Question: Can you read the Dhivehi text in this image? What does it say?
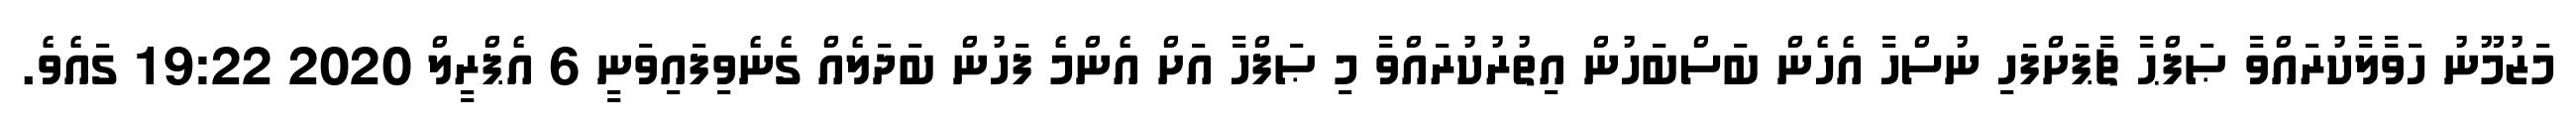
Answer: މަޒުމޫނު ހަވާލާކުރައްވާ ޞަފްޙާ ޗާޕަށްފަހި ނުސްހާ އެހެން ބަސްބަހުން އިތުރުކުރައްވާ މި ޞަފްހާ އަށް އެންމެ ފަހުން ބަދަލެއް ގެނެވިފައިވަނީ 6 އެޕްރީލް 2020 19:22 ގައެވެ.